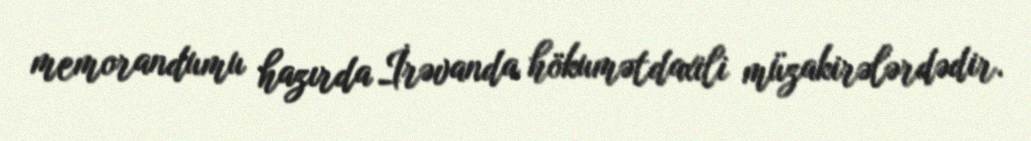
memorandumu hazırda İrəvanda hökumətdaxili müzakirələrdədir.